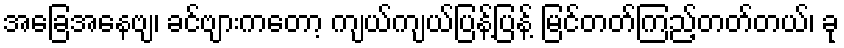
အခြေအနေဗျ၊ ခင်ဗျားကတော့ ကျယ်ကျယ်ပြန့်ပြန့် မြင်တတ်ကြည့်တတ်တယ်၊ ခု